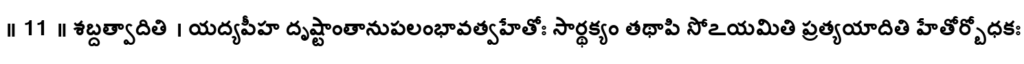
॥ 11 ॥ శబ్దత్వాదితి । యద్యపీహ దృష్టాంతానుపలంభావత్వహేతోః సార్థక్యం తథాపి సోఽయమితి ప్రత్యయాదితి హేతోర్బోధకః